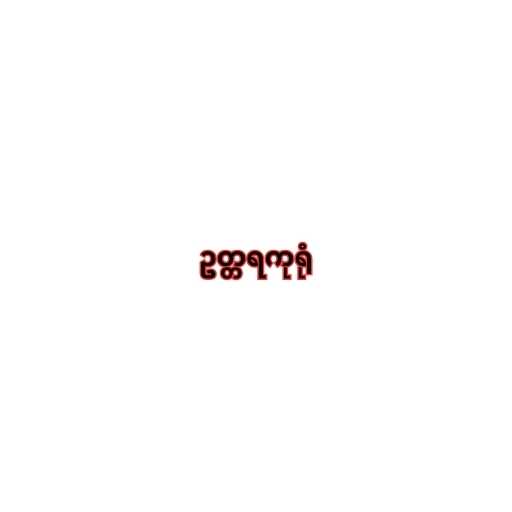
ဥတ္တရကုရုံ